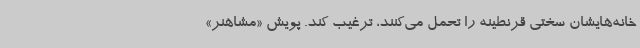
خانه‌هایشان سختی قرنطینه را تحمل می‌کنند، ترغیب کند. پویش «مشاهنر»